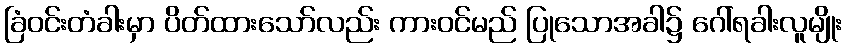
ခြံဝင်းတံခါးမှာ ပိတ်ထားသော်လည်း ကားဝင်မည် ပြုသောအခါ၌ ဂေါ်ရခါးလူမျိုး